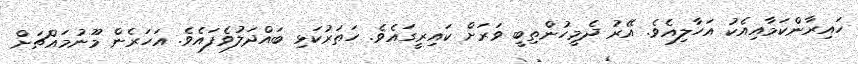
ހައިރާންކަމާއިއެކު އަހާލިއެވެ. އޭރު ދެމީހުންތިބީ ވަރަށް ކައިރީގައެވެ. ހަތަރުކަޅި ބައްދަލުވެފައެވެ. އަހަރެން މޫނުމައްޗަށް